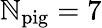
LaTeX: \mathbb{N}_{\mathrm{{pig}}}=7